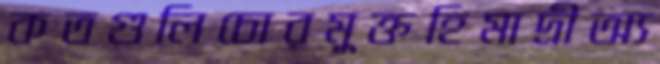
কতগুলিচোরমুক্তহিমাদ্রীঅ্য